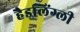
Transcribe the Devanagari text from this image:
हैडलिंग्ली